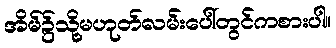
အိမ်၌သို့မဟုတ်လမ်းပေါ်တွင်ကစားပါ။